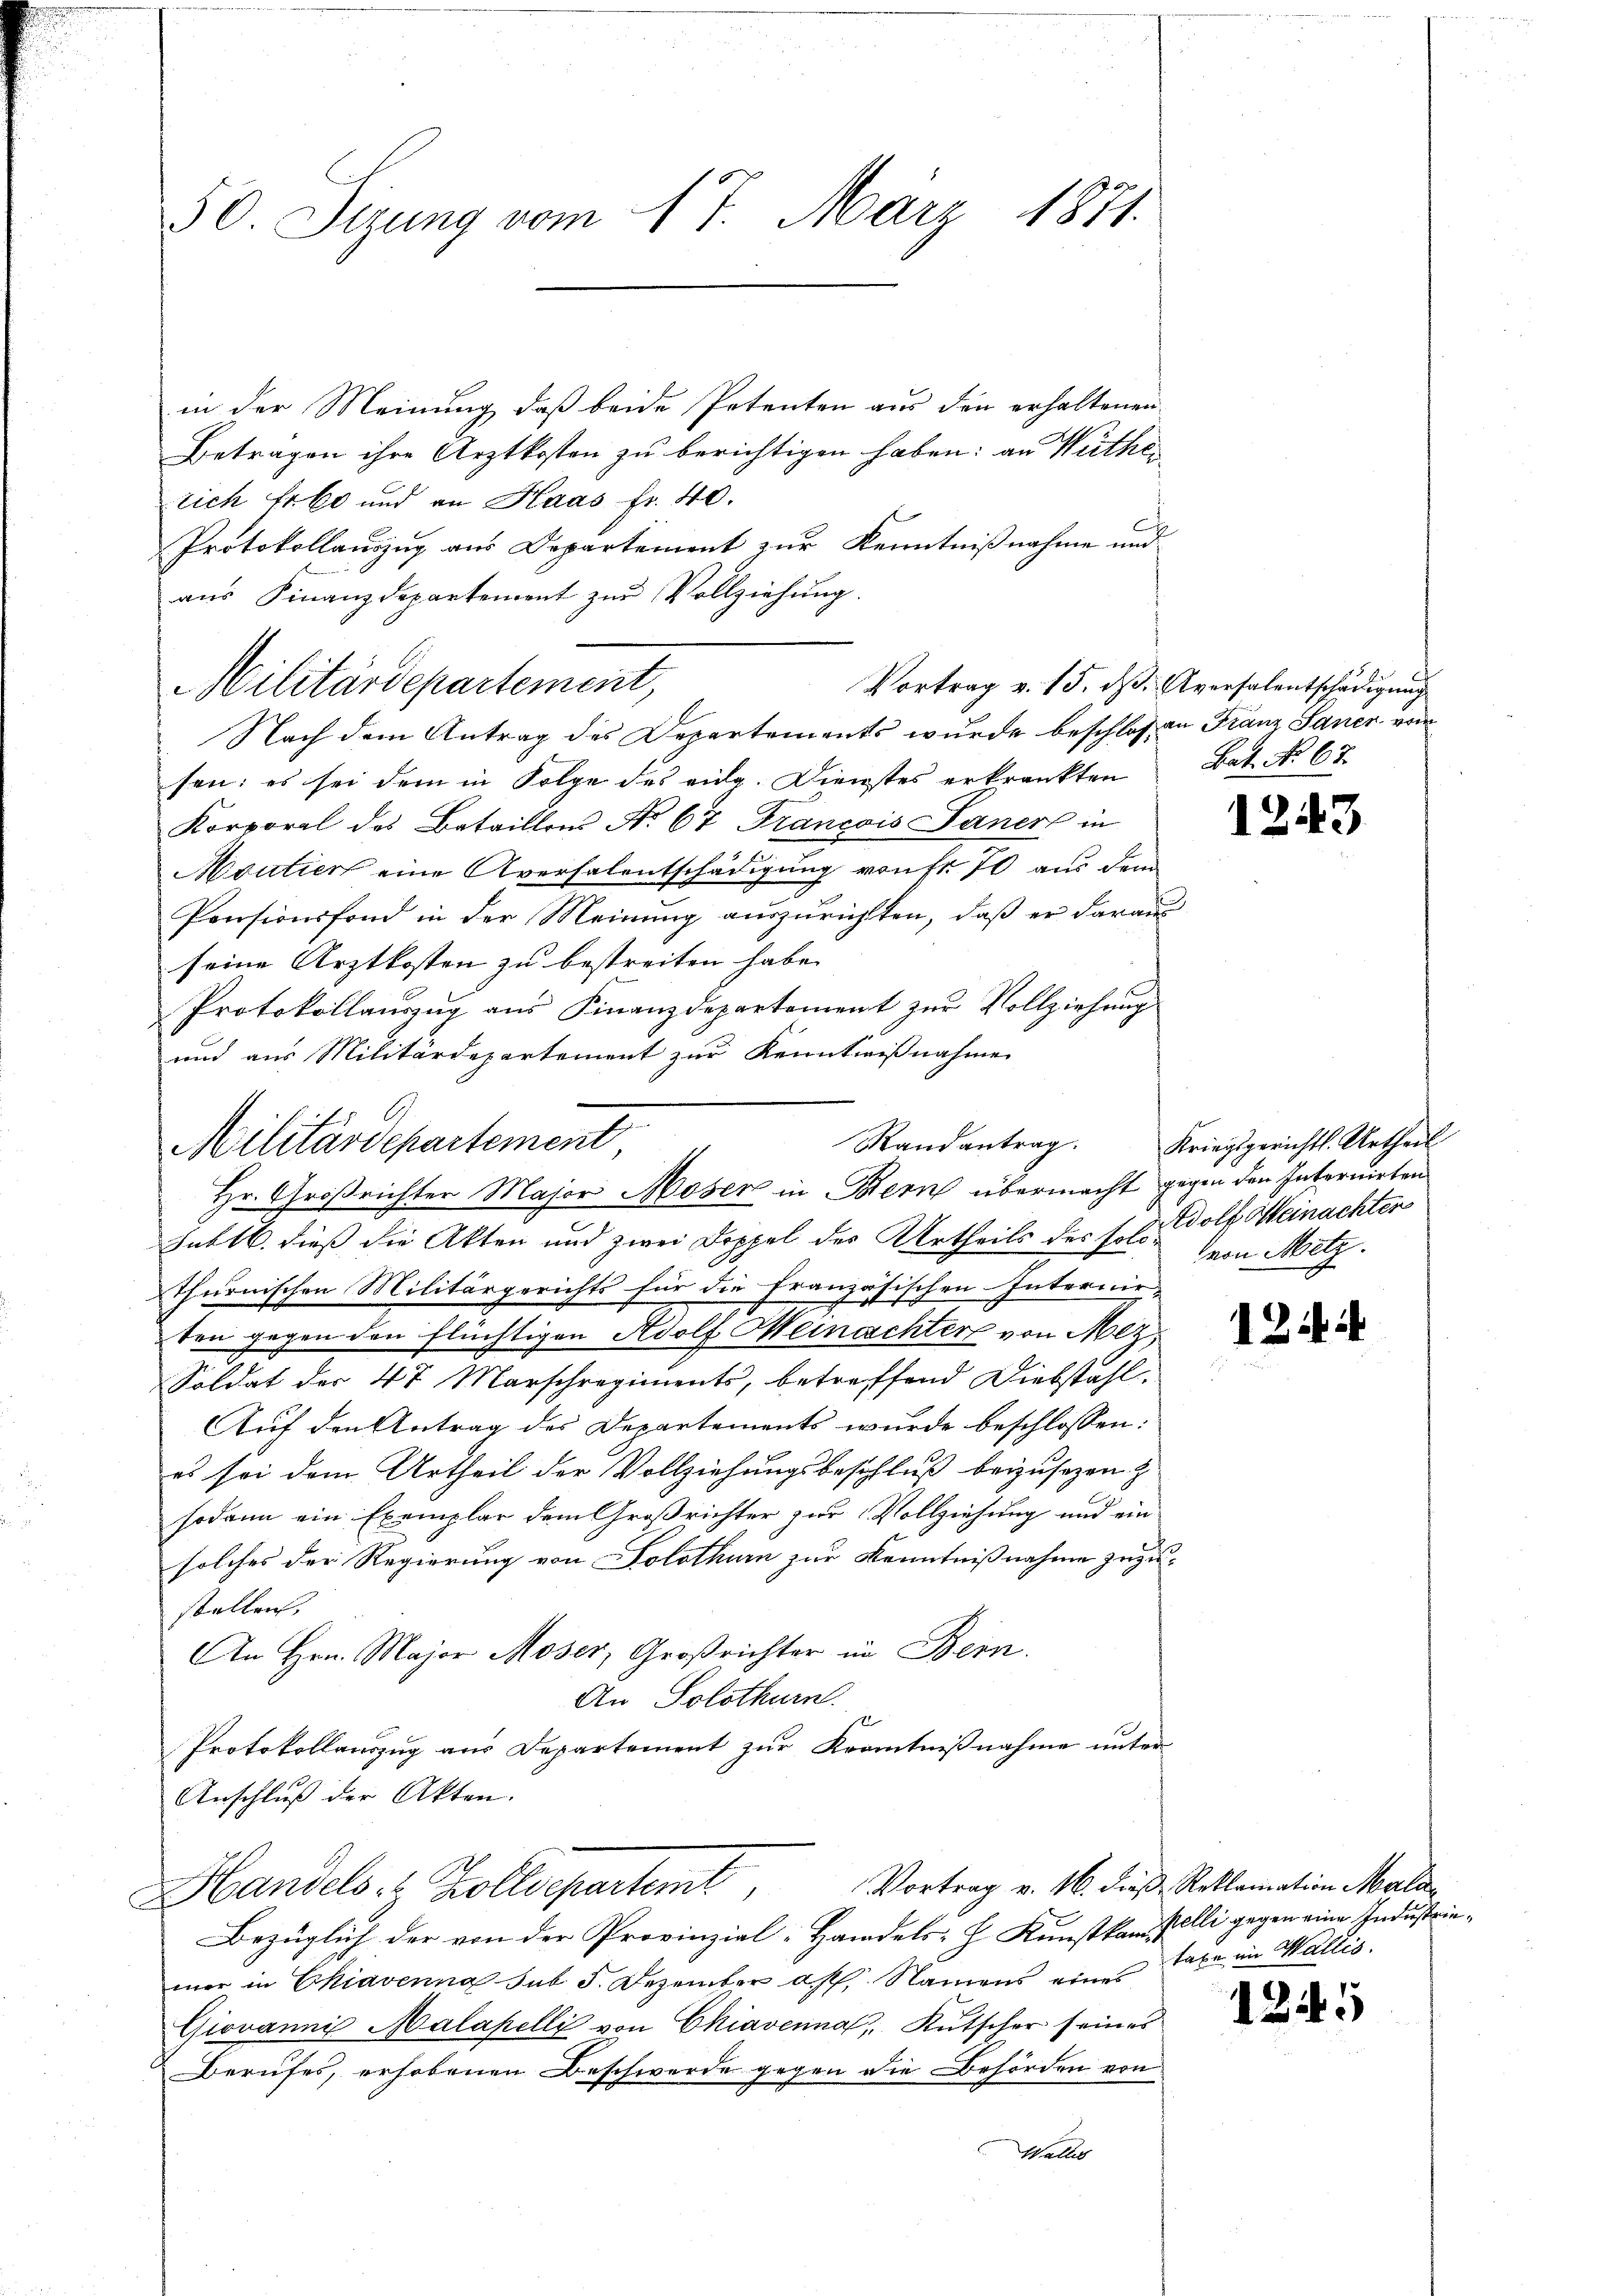
50. Sirung vom 17. März 1871.

in der Meinung daß beide Petenten aus den erhaltenen
Betragen ihre Arztkosten zu berichtigen haben; an Wirthei
rich Er 60 und an Haas fr. 40.
Protokollauszug aus Departement zur Kenntnißnahme und
aus Finanzdepartement zur Vollziehung.
Nach dem Antrag des Departements wurde beschloßen Franz Sauer vom
sen: es sei dem in Folge des eidg. Dienstes erkränkten
Korporal des Bataillons No 67 Francois Laner in
Moutier eine Aversalentschädigung von fr. 70 aus den
Pensionsfond in der Meinung auszurichten, daß er daraus
seine Arztkosten zu bestreiten habe. |
Protokollauszug aus Finanzdepartement zur Vollziehung
und aus Militärdepartement zur Kenntnißnahme
Militärdepartement
Jublb. dieß die Akten und zwei Doppel des Urtheils des sel. Wolf Weinachten
thurnischen Militärgerichts für die französischen Internir-
ten gegen den flüchtigen Adolf Meinachter von Mez
Soldat der 4t Marschregiments, betreffend Diebstahl.
Auf den Antrag des Departements wurde beschlossen:
es sei dem Urtheil der Vollziehungsbeschluß beizusezen z
sodann ein Exemplar dem Großrichter zur Vollziehung und ein
solches der Regierung von Solothurn zur Kenntnißnahme zuzustellen,
An Hrn. Major Moser, Großrichter in Bern.
An Solothurn.
Protokollauszug aus Departement zur Kenntnißnahme unter
Anschluß der Akten.
Vortrag v. 16. dieß Reklamation Mala
Handels- u. Zolldepartemt,
Bezüglich der von der Provinzial-Handels- H. Kunstkandi
mer in Chiavenna sub 5. Dezember a. p. Namens einer Taxe im Wallis,
Giovanni Malapelli von Chiavenna, Kutscher seines
Berufes, erhobenen Beschwerde gegen die Behörden von
Wallis

Militärdepartement,

Vortrag v. 15. dß. Aversalentschädigung

Hr. Großrichter Major Moser in Bern übermacht gegen den Interuirten

Bat. No. 67.

1243

Randantrag. Kriegsgericht. Urtheil
von Metz.

12 i

kelli gegen eine Industrie¬

1345